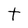
Character: t